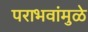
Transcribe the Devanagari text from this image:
पराभवांमुळे